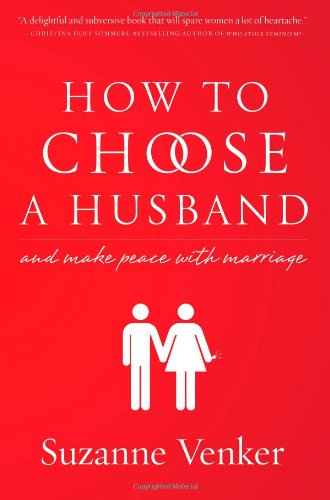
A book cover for How to Choose a Husband: And Make Peace With Marriage; Suzanne Venker; Self-Help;